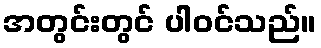
အတွင်းတွင် ပါဝင်သည်။